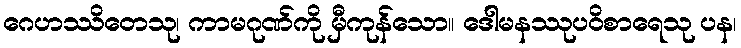
ဂေဟဿိတေသု၊ ကာမဂုဏ်ကို မှီကုန်သော။ ဒေါမနဿုပဝိစာရေသု ပန၊